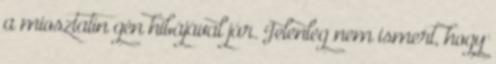
a miosztatin gén hibájával jár. Jelenleg nem ismert, hogy